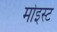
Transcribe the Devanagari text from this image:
मोइस्ट